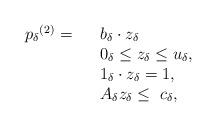
LaTeX: \begin{align*}\begin{array}{rllr}{p_\delta}^{(2)}=& & b_{\delta} \cdot z_{\delta} \\& & 0_{\delta} \le z_{\delta}\le u_{\delta}, \\&&1_{\delta}\cdot z_{\delta} =1,\\&& A_\delta z_{\delta}\le \ c_\delta,\end{array}\end{align*}